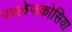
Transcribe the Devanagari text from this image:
परलेफकोसिया